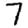
Digit: 7